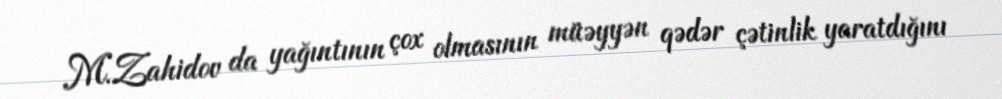
M.Zahidov da yağıntının çox olmasının müəyyən qədər çətinlik yaratdığını